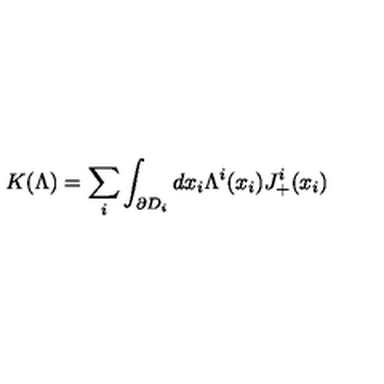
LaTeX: K ( \Lambda ) = \sum _ { i } \int _ { \partial D _ { i } } d x _ { i } \Lambda ^ { i } ( x _ { i } ) J _ { + } ^ { i } ( x _ { i } )